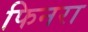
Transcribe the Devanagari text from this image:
फिनरा